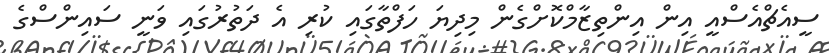
ސީއެޗްއެސްއީ އިން އިންތިޒާމްކޮށްގެން މިދިޔަ ހަފްތާގައި ކުރި އެ ދަތުރުގައި ވަނީ ސައިންސްގެ